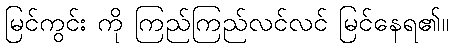
မြင်ကွင်း ကို ကြည်ကြည်လင်လင် မြင်နေရ၏။